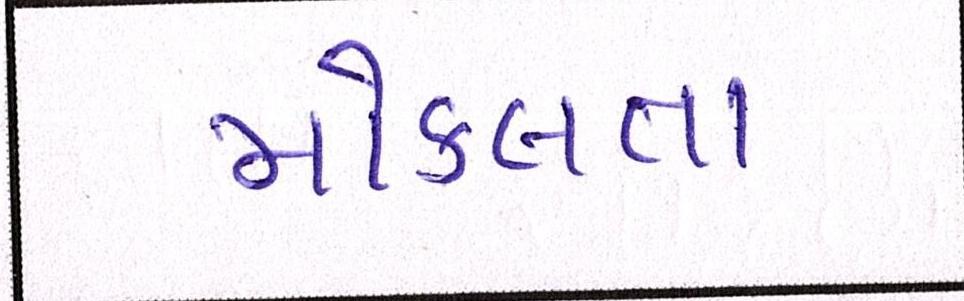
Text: મોકલતા